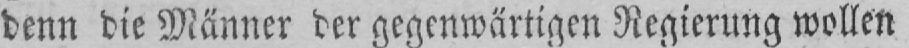
denn die Männer der gegenwärtigen Regierung wollen